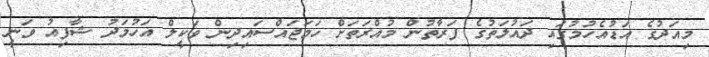
މިއަދުގެ އަޑުއެހުމުގައި ދައުލަތުގެ ފަރާތުން މުއްރަތަށް ހަމަޖައްސައިދިން ވަކީލް އަހުމަދު ޝާފިއު ވަނީ